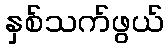
နှစ်သက်ဖွယ်